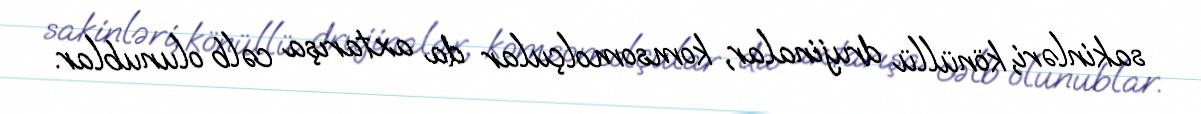
sakinləri, könüllü drujinalar, komsomolçular da axtarışa cəlb olunublar.